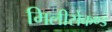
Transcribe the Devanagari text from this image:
मिलीसेकण्ड